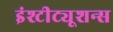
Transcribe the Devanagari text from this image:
इंश्टीट्यूशन्स